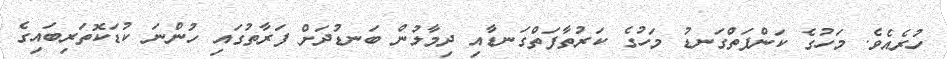
ހުރެއެވެ. މަހުގެ ކަންފަތްގަނޑު މަހުގެ ކަރުތާފަތްގަނޑާއި ދިމާލުން ބަނޑުދަށް ފަރާތުގައި ހުންނަ ކުޑަކޮތަރިބައިގެ